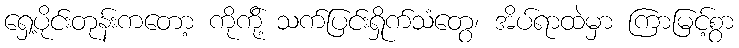
ရှေ့ပိုင်းတုန်းကတော့ ကိုကို့် သက်ပြင်းရှိုက်သံတွေ၊ အိပ်ရာထဲမှာ ကြာမြင့်စွာ